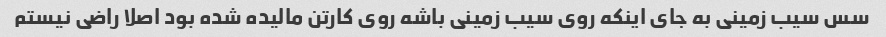
سس سیب زمینی به جای اینکه روی سیب زمینی باشه روی کارتن مالیده شده بود اصلا راضی نیستم